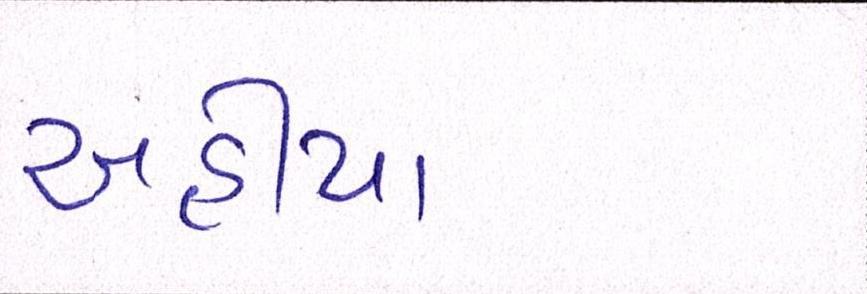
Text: અહીયા